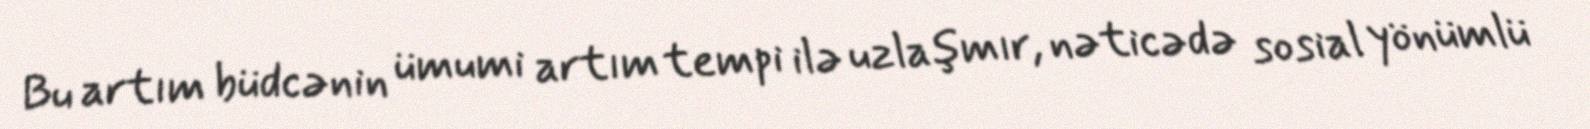
Bu artım büdcənin ümumi artım tempi ilə uzlaşmır, nəticədə sosial yönümlü